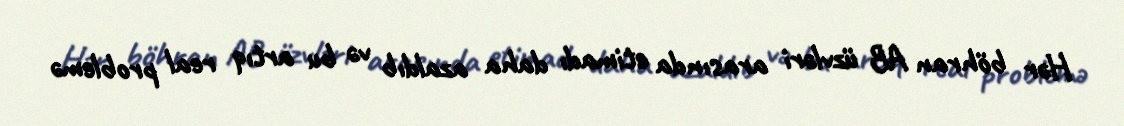
Hər böhran AB üzvləri arasında etimadı daha azaldıb və bu artıq real problemə